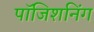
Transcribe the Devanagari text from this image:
पॉजिशनिंग